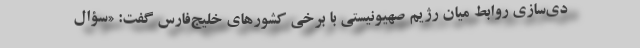
دی‌سازی روابط میان رژیم صهیونیستی با برخی کشورهای خلیج‌فارس گفت: «سؤال